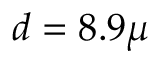
d = 8 . 9 \mu